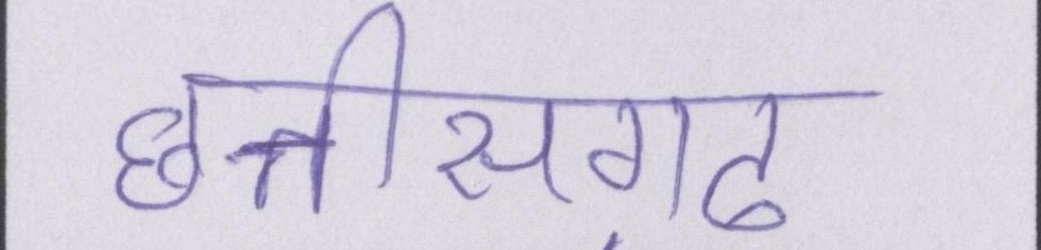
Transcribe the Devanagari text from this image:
छत्तीसग़ढ